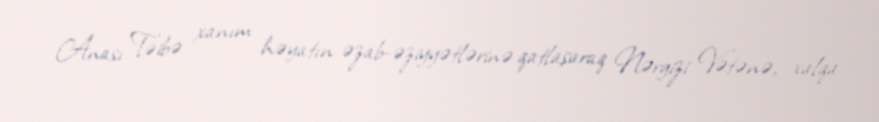
Anası Təibə xanım həyatın əzab-əziyyətlərinə qatlaşaraq Nərgizi Vətənə, xalqa